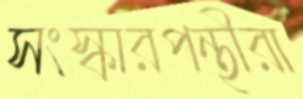
সংস্কারপন্থীরা